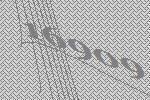
16909